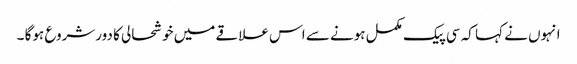
انہوں نے کہا کہ سی پیک مکمل ہونے سے اس علاقے میں خوشحالی کا دورشروع ہوگا ۔